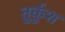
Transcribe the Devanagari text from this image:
तुर्कुश